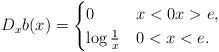
LaTeX: \begin{align*}D_xb(x) =\begin{cases}0&x < 0 x > e , \\\log\frac{1}{x}& 0 < x < e .\end{cases} \end{align*}